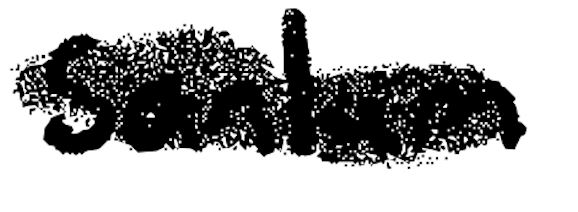
Text: Sanlam
Cross-out: mix
Writing tool: digital_black